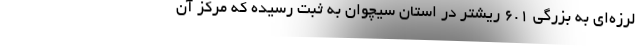
لرزه‌ای به بزرگی ۶.۱ ریشتر در استان سیچوان به ثبت رسیده که مرکز آن